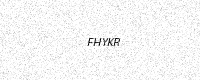
Text: FHYKR